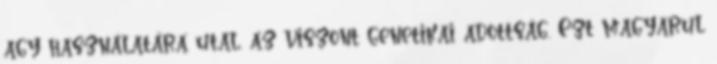
agy használatára utal, az viszont genetikai adottság. Ezt magyarul